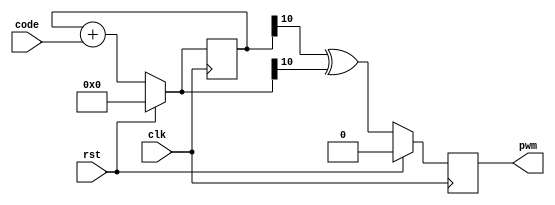
module sigma_delta_dac #(
    parameter CODE_WIDTH = 10
)(
    input clk,
    input rst,
    input [CODE_WIDTH-1:0] code,
    output pwm
);
    reg [CODE_WIDTH:0] acc_prev = 0;
    reg [CODE_WIDTH:0] acc = 0;
    reg pwm_reg = 0;
    
    always @(*) begin
        if (rst) begin
            acc_prev = 0;
        end else begin
            acc_prev = acc + code;
        end
    end
    always @(posedge clk) begin
        if (rst) begin
            acc <= 0;
            pwm_reg <= 0;
        end
        else begin
            acc <= acc + code;
            pwm_reg <= acc[CODE_WIDTH] ^ acc_prev[CODE_WIDTH];
        end
    end

    assign pwm = pwm_reg;
endmodule